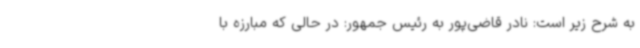
به شرح زیر است: نادر قاضی‌پور به رئیس جمهور: در حالی که مبارزه با